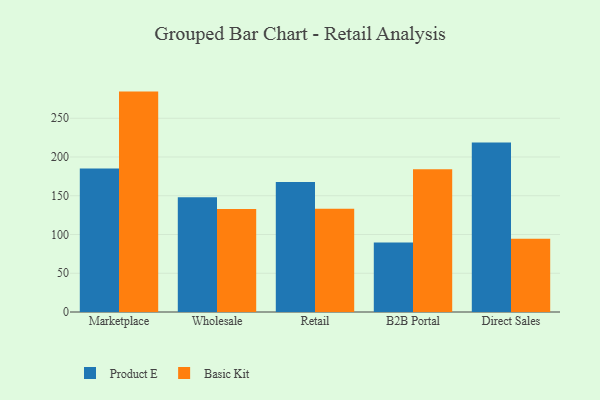
{"axis": {"x": "Channel", "y": "Churn Rate (%)"}, "legend": ["Basic Kit", "Product E"], "data": [{"x": "Marketplace", "y": 185.1, "type": "Product E"}, {"x": "Marketplace", "y": 284.4, "type": "Basic Kit"}, {"x": "Wholesale", "y": 148.2, "type": "Product E"}, {"x": "Wholesale", "y": 133.0, "type": "Basic Kit"}, {"x": "Retail", "y": 167.6, "type": "Product E"}, {"x": "Retail", "y": 133.2, "type": "Basic Kit"}, {"x": "B2B Portal", "y": 89.7, "type": "Product E"}, {"x": "B2B Portal", "y": 184.3, "type": "Basic Kit"}, {"x": "Direct Sales", "y": 218.8, "type": "Product E"}, {"x": "Direct Sales", "y": 94.4, "type": "Basic Kit"}]}